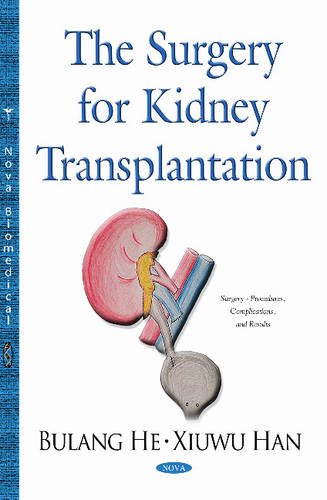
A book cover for The Surgery for Kidney Transplantation; Health, Fitness & Dieting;